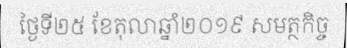
ថ្ងៃទី២៥ ខែតុលាឆ្នាំ២០១៩ សមត្ថកិច្ច